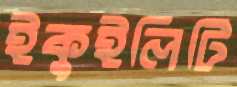
ইকুইলিটি